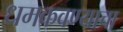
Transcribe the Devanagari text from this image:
धमकवण्याचा